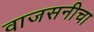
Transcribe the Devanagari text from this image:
वाजसनीचा